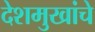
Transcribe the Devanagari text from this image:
देशमुखांचे